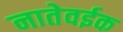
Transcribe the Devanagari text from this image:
नातेवईक